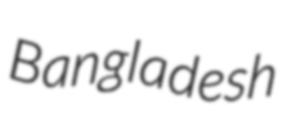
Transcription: Bangladesh